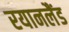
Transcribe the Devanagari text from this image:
रयानलैंड